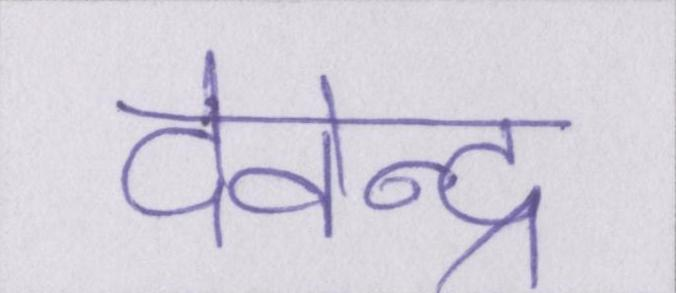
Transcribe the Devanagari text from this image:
देवेन्द्र